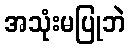
အသုံးမပြုဘဲ